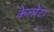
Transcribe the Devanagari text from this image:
केलोटा